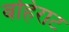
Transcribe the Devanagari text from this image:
बहिराट